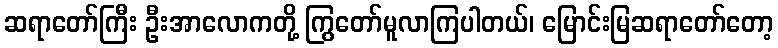
ဆရာတော်ကြီး ဦးအာလောကတို့ ကြွတော်မူလာကြပါတယ်၊ မြောင်းမြဆရာတော်တော့